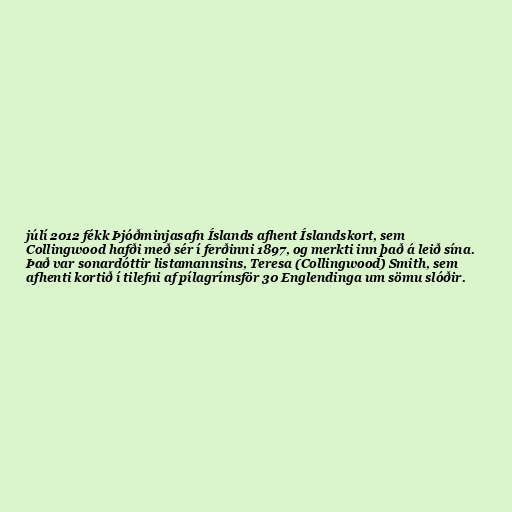
júlí 2012 fékk Þjóðminjasafn Íslands afhent Íslandskort, sem
Collingwood hafði með sér í ferðinni 1897, og merkti inn það á leið sína.
Það var sonardóttir listamannsins, Teresa (Collingwood) Smith, sem
afhenti kortið í tilefni af pílagrímsför 30 Englendinga um sömu slóðir.